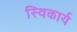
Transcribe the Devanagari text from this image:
स्विकार्य